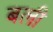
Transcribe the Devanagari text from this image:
बली